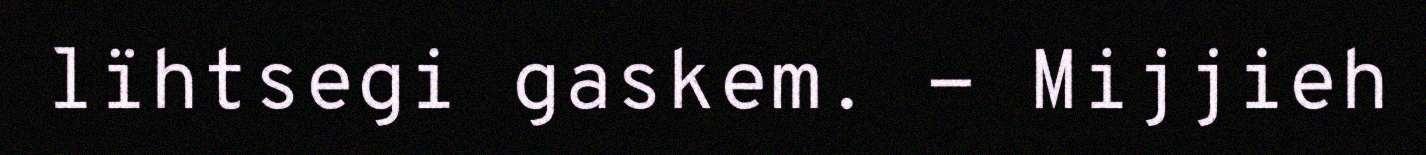
lïhtsegi gaskem. - Mijjieh